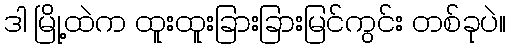
ဒါ မြို့ထဲက ထူးထူးခြားခြားမြင်ကွင်း တစ်ခုပဲ။